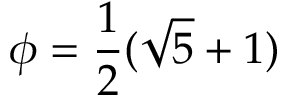
\phi = { \frac { 1 } { 2 } } ( { \sqrt { 5 } } + 1 )